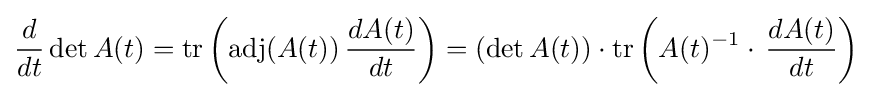
{\frac {d}{dt}}\det A(t)=\operatorname {tr} \left(\operatorname {adj} (A(t))\,{\frac {dA(t)}{dt}}\right)=\left(\det A(t)\right)\cdot \operatorname {tr} \left(A(t)^{-1}\cdot \,{\frac {dA(t)}{dt}}\right)